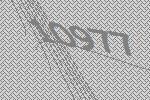
10977